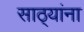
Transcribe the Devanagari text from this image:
साठ्यांना